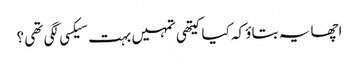
اچھا یہ بتاؤ کہ کیا کیتھی تمہیں بہت سیکسی لگی تھی ؟